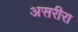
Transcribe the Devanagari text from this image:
असरीरा